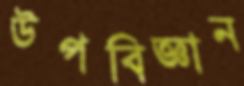
উপবিজ্ঞান